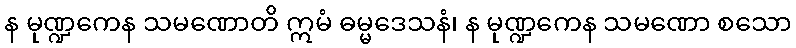
န မုဏ္ဍကေန သမဏောတိ ဣမံ ဓမ္မဒေသနံ၊ န မုဏ္ဍကေန သမဏော စသော